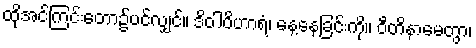
ထိုအင်ကြင်းတော၌ပင်လျှင်။ ဒိဝါဝိဟာရံ၊ နေ့နေခြင်းကို။ ဝီတိနာမေတွာ၊